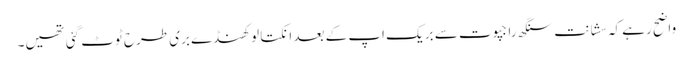
واضح رہے کہ سشانت سنگھ راجپوت سے بریک اپ کے بعد انکتا لوکھنڈے بری طرح ٹوٹ گئی تھیں۔